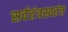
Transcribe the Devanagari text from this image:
सर्वतंत्रस्वतंत्र